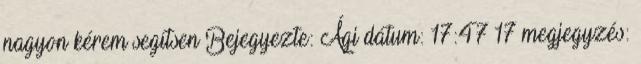
nagyon kérem segítsen Bejegyezte: Ági dátum: 17:47 17 megjegyzés: